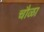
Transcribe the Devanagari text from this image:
चौळा